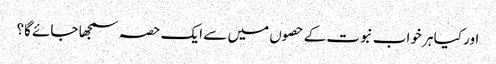
اور کیا ہر خواب نبوت کے حصوں میں سے ایک حصہ سمجھا جائے گا؟